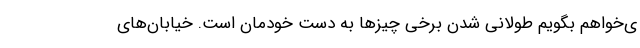
ی‌خواهم بگویم طولانی شدن برخی چیزها به دست خودمان است. خیابان‌های